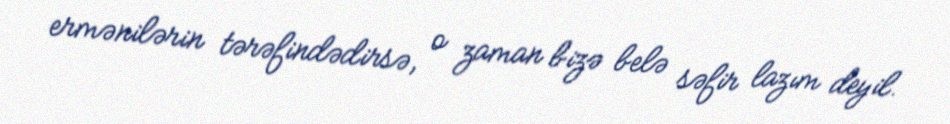
ermənilərin tərəfindədirsə, o zaman bizə belə səfir lazım deyil.